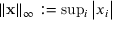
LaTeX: \left\Vert \mathbf { x } \right\Vert _ { \infty } : = { \mathrm { s u p } } _ { i } \left\vert x _ { i } \right\vert